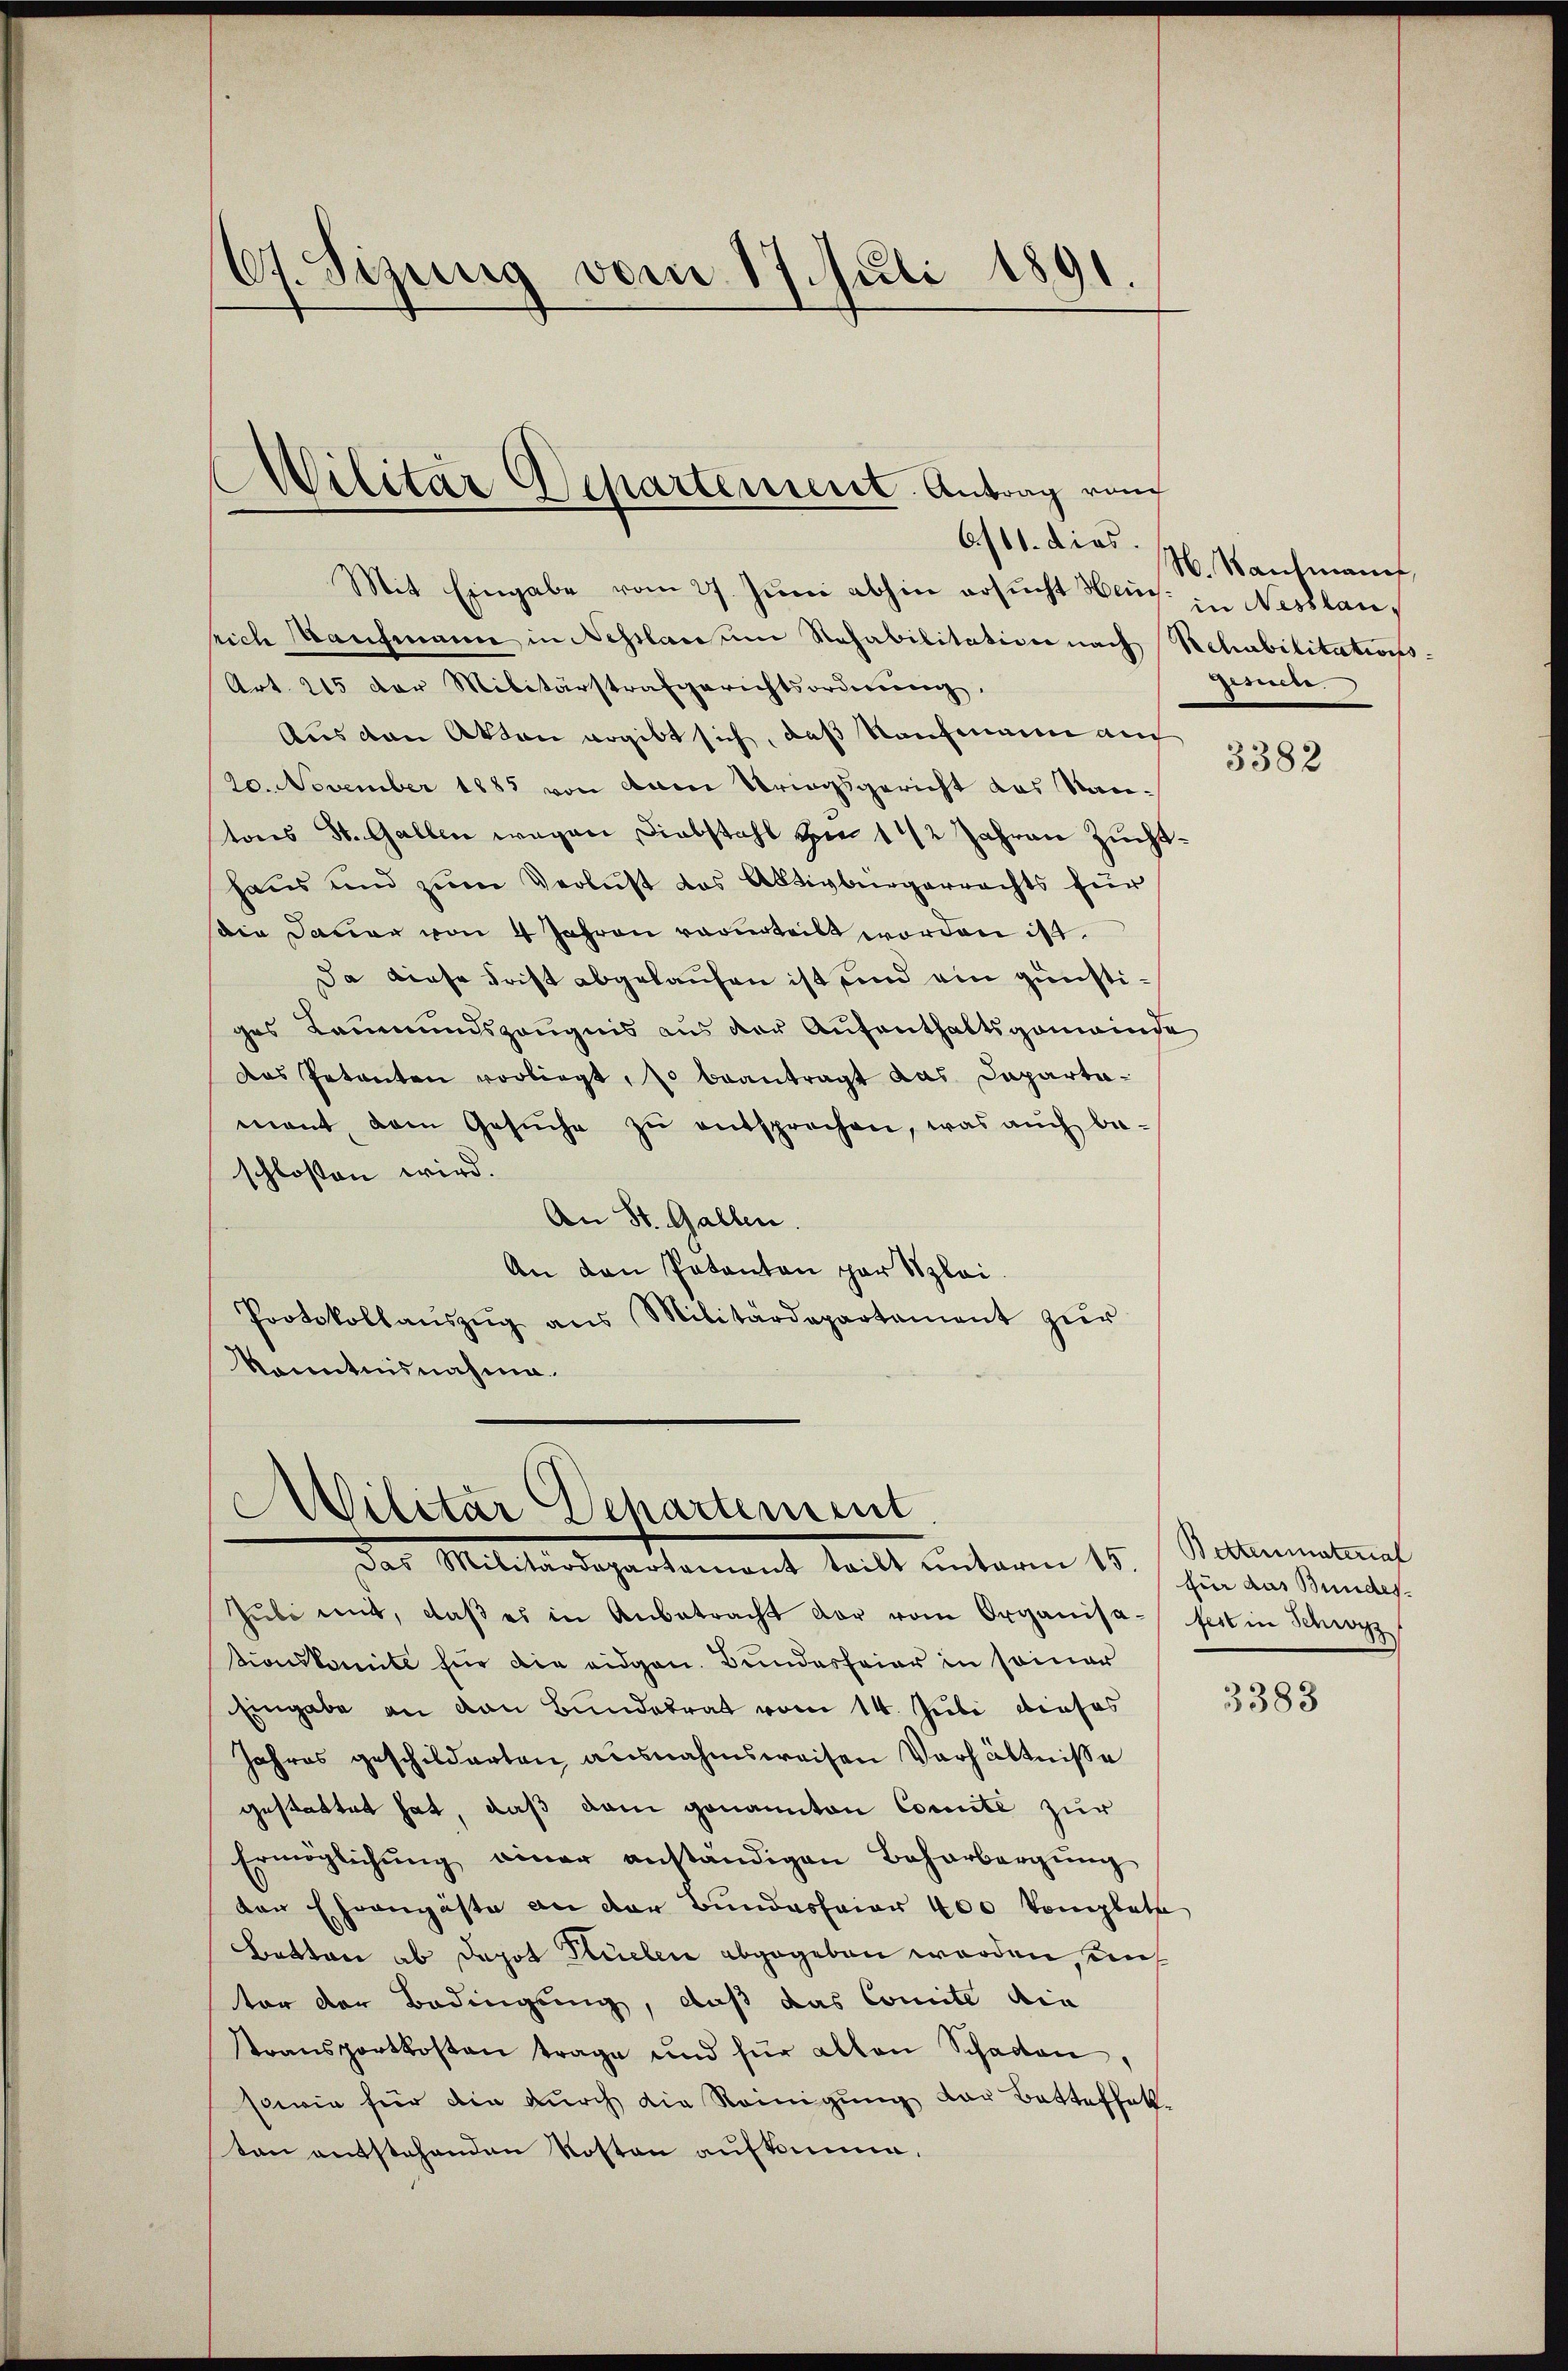
Ch. Sizung vom 17. Juli 1891.

Mit Eingabe vom 27. Juni abhin ersucht Hein: in Nesslansich Kaufmann in Nestlanum Stefabilitation nach Schubilitations¬
Art. 215 der Militärstrafgerichtsordnŭng,
Aus den Akten angibt sich, daß Kaufmann auch
20. November 1885 von dann Stringsgericht das Santons St. Gallen wegen Diebstahl von 1 1/2 Jahren Zuchthaus und zum Verlust das Aktivbürgerrechts für
sia Dauer von 4 Jahren vorurteilt worden ist.
Da diese Frist abgelaufen ist und ein günstiges Leumundszeugnis aus der Aufenthaltsgemeinde
das Petenten vorliegt, so beantragt das Dapartamant dem Gesŭche zŭ entsprechen, was auch be-
schlossen wird.
An St. Gallen.
An den Patanton par Szloi.
Protokollaŭszŭg ans Militärdepartament zŭr
Kenntnisnahme.

.
Silitar Separtement. Antrag von
6/11. dies

Militär Departement
Das Militärdepartemont tritt unterm 15. für das Bundes-

Jŭli mit, daβ es in Anbetracht der vom Organisa- fert in Schwyz
tionskomite für die eidgen. Bundesfeier in seiner
Eingabe an den Bundesrat vom 14. Juli dieses
Jahres geschilderten ausnahmsweisen Verhältniße
gestattet hat, daß dem genannten Comite zur
Ermöglichŭng einer anständigen Beharbergŭng
der Ehrengäste an der Bundesfeier 400 komplete
Botten ab Dapot Küelen abgegeben worden, und
tor der Bedingung, daß das Comite die
stransportkosten trage und für allen Schaden,
sowie für die durch die Reinigung der Batteffak
ten entstehenden Kosten aufkomme.

N. Kaufmann,
Gesuche.

3382

Bettenmaterial

3383